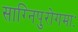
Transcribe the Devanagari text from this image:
साग्निपुरोगमाः